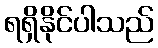
ရရှိနိုင်ပါသည်